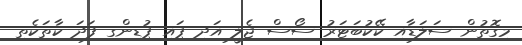
މިގޮތުން ސަލަޑާއި ކޭކުބަޓަރު ސޯސް ޖެލީ އަދި ޕައި ޕުޑިންގ ފަދަ ކާތަކެތި